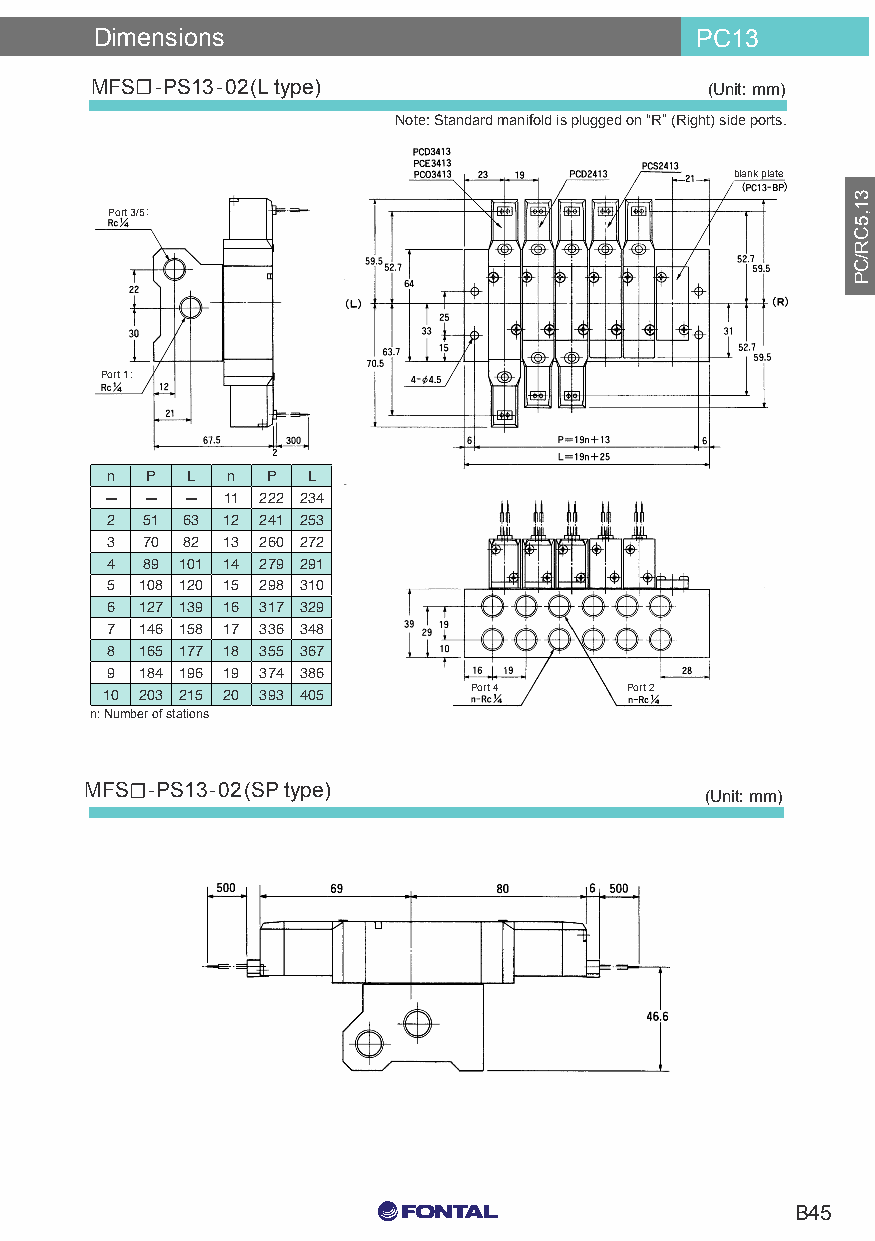
Dimensions                              PC13
 MFS☐-PS13-02(L type)                     (Unit: mm)
 Note: Standard manifold is plugged on “R” (Right) side ports.
 blank plate
 Port 3/5:
 Port 1:
 n  P L  n  P L
 —  — —  11 222 234
 2 51 63 12 241 253
 3 70 82 13 260 272
 4 89 101 14 279 291
 5 108 120 15 298 310
 6 127 139 16 317 329
 7 146 158 17 336 348
 8 165 177 18 355 367
 9 184 196 19 374 386
 Port 4    Port 2
 10 203 215 20 393 405
 n: Number of stations
 MFS☐-PS13-02(SP type)
 (Unit: mm)
 C0 M0 Y15 K15
 B45
 C0 M0 Y0 K100
 C0 M0 Y0 K0
 31,5CR/CP